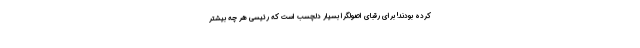
کرده بودند! برای رقبای اصولگرا بسیار دلچسب است که رئیسی هر چه بیشتر